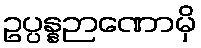
ဥပ္ပန္နဉာဏောမှိ